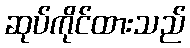
ဆုပ်ကိုင်ထားသည်